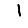
Digit: 1